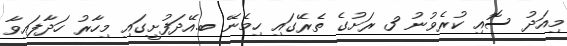
މިއަދު ސޮއި ކުރެވުނު 3 ރަށުގެ ތެރޭގައި ހިމެނޭ ބ.އޭދަފުށީގައި މިހާރު ހަދާފައިވާ